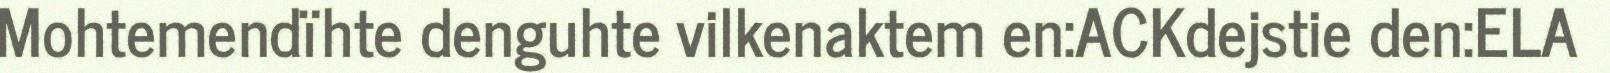
Mohtemendïhte denguhte vilkenaktem en:ACKdejstie den:ELA